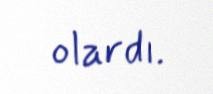
olardı.